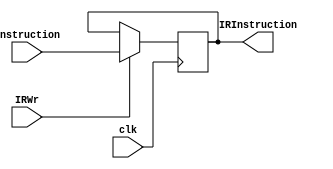
`timescale 1ns / 1ps

module IR(
    input clk,
    input IRWr,
    input [31:0]Instruction,
    output reg [31:0] IRInstruction
);
        
    always@(posedge clk)
        if(IRWr) 
            IRInstruction = Instruction;
     
endmodule